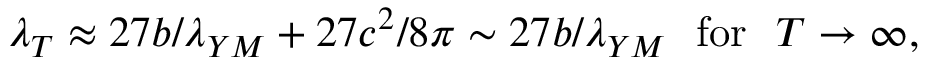
\lambda _ { T } \approx 2 7 b / \lambda _ { Y M } + 2 7 c ^ { 2 } / 8 \pi \sim 2 7 b / \lambda _ { Y M } ~ ~ \mathrm { f o r } ~ ~ T \rightarrow \infty ,